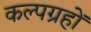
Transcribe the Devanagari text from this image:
कल्पग्रहों